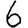
Digit: 6